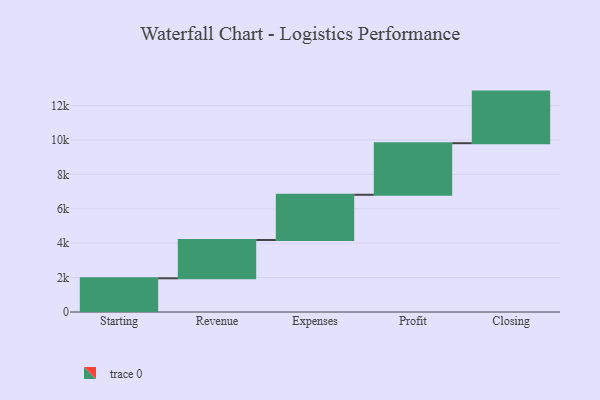
{"axis": {"x": "Step", "y": "Value"}, "legend": [""], "data": [{"x": "Starting", "y": 1960.0, "type": ""}, {"x": "Revenue", "y": 2226.0, "type": ""}, {"x": "Expenses", "y": 2632.0, "type": ""}, {"x": "Profit", "y": 3000, "type": ""}, {"x": "Closing", "y": 3000, "type": ""}]}